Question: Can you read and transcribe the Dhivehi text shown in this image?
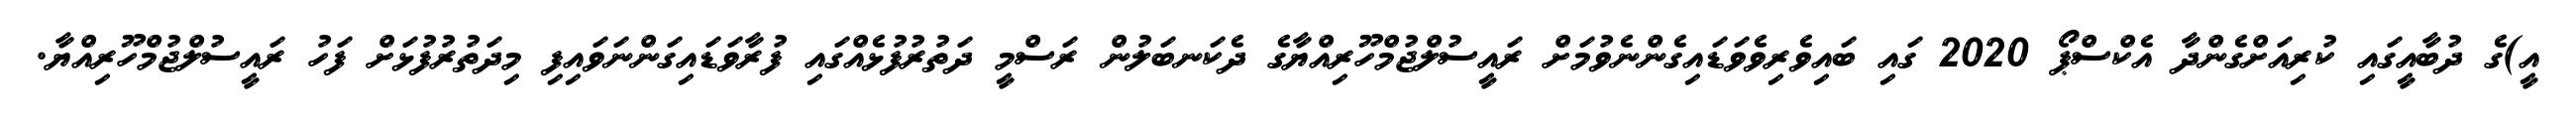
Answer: އީ)ގެ ދުބާއީގައި ކުރިއަށްގެންދާ އެކްސްޕޯ 2020 ގައި ބައިވެރިވެވަޑައިގެންނެވުމަށް ރައީސުލްޖުމްހޫރިއްޔާގެ ދެކަނބަލުން ރަސްމީ ދަތުރުފުޅެއްގައި ފުރާވަޑައިގަންނަވައިފި މިދަތުރުފުޅަށް ފަހު ރައީސުލްޖުމްހޫރިއްޔާ.